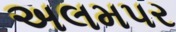
અલમપર